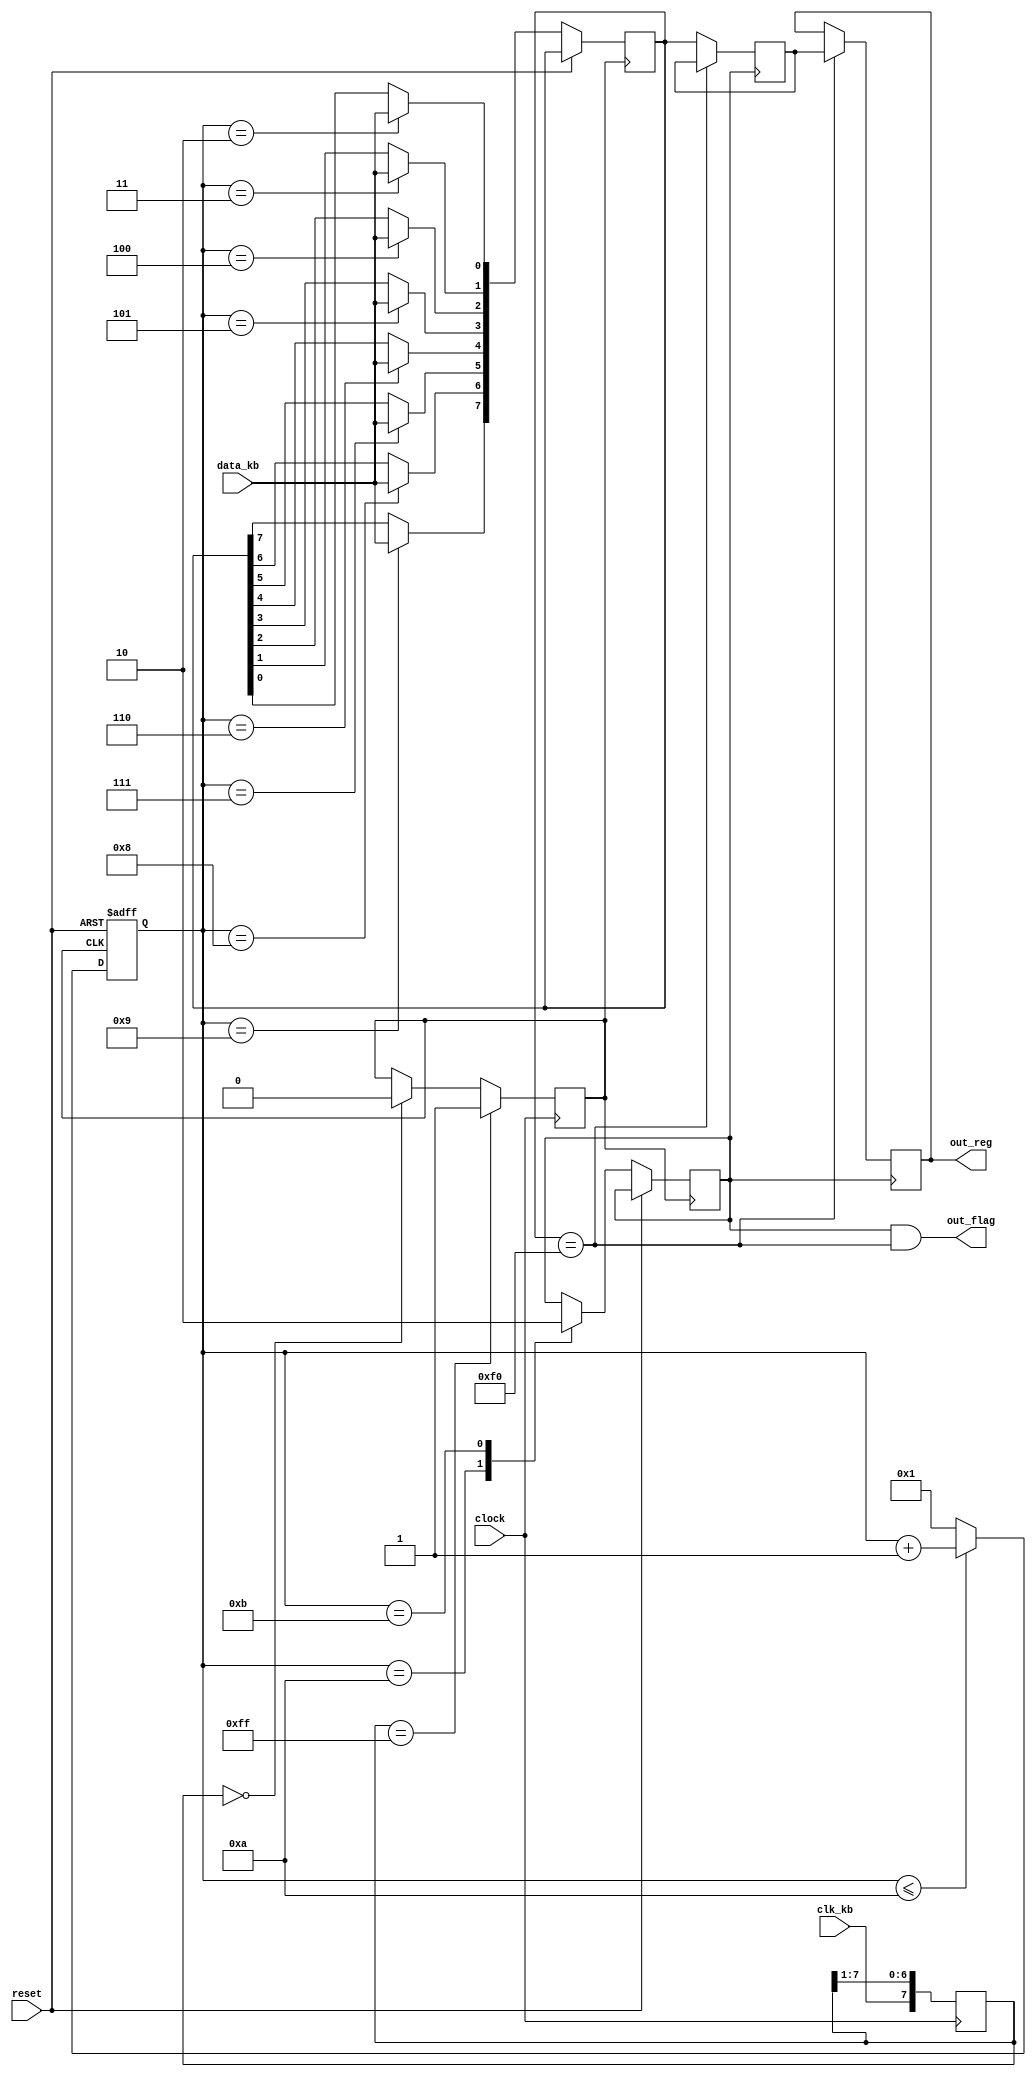
module keyboard(reset, clock, clk_kb, data_kb, out_reg, out_flag);

   // Assigning ports as in/out
   input reset;
   input clock;
   input clk_kb;
   input data_kb;
   output reg [7:0] out_reg;
   output wire 	    out_flag;
   
   // Instantaiting and Intializing Registers
   reg [3:0] 	    counter;
   reg [7:0] 	    data_curr;
   reg [7:0] 	    data_pre;
   reg 		    flag;

   reg [7:0] 	    filter;
   reg 		    clk_kb_filtered;
   

   assign out_flag = flag && (data_curr == 8'hf0);
   
   initial
      begin
	 counter = 4'h1;
	 data_curr = 8'hf0;
	 data_pre = 8'hf0;
	 flag = 1'b0;
	 out_reg = 8'hf0;
      end


   always @(posedge clock)
      begin
	 filter <= {clk_kb, filter[7:1]};
	 if (filter==8'b1111_1111) clk_kb_filtered <= 1;
	 else if (filter==8'b0000_0000) clk_kb_filtered <= 0;
      end

   
// FSM
   always @(negedge clk_kb_filtered or posedge reset)
      begin
	 if (reset)
	    begin
	       counter <= 4'h1;
	    end
	 else
	    begin
	       case (counter)
		  1:;
		  2: 	data_curr[0] <= data_kb;
		  3: 	data_curr[1] <= data_kb;	
		  4: 	data_curr[2] <= data_kb;
		  5: 	data_curr[3] <= data_kb;	
		  6: 	data_curr[4] <= data_kb;
		  7: 	data_curr[5] <= data_kb;	
		  8: 	data_curr[6] <= data_kb;
		  9: 	data_curr[7] <= data_kb;
		  10:	flag 	     <= 1'b1;
		  11:   flag 	     <= 1'b0;
	       endcase

	       if (counter <= 10)
		  counter <= counter + 4'h1;
	       else 
		  counter <= 4'h1;
	    end
      end
   
   always @(posedge flag)
      begin
	 if (data_curr == 8'hf0) 
	    out_reg <= data_pre;
	 else
	    data_pre <= data_curr;
      end
   
endmodule